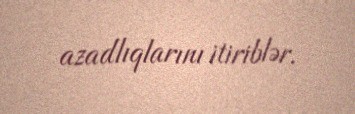
azadlıqlarını itiriblər.